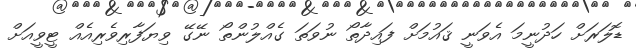
ޑޮލަރަށް ހަދުނީމަ އެވަނީ ޤައުމަށް ފައިދާތޯ ނުވަތަ ގެއްލުންތޯ ނޭގޭ ވިޔަފާރިވެރިއެއް ޓީވީއަށް